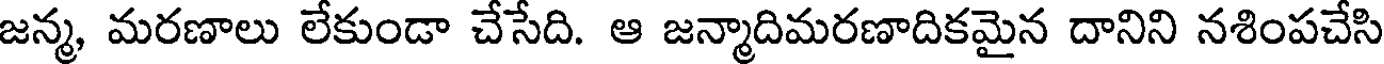
జన్మ, మరణాలు లేకుండా చేసేది. ఆ జన్మాదిమరణాదికమైన దానిని నశింపచేసి